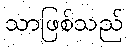
သာဖြစ်သည်